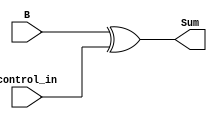
module minus_control_1bit ( 
input B,
input control_in,
output Sum
);

assign Sum = B^control_in;

endmodule